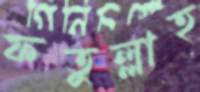
ফতুল্লাহ